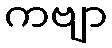
ကဗျာ